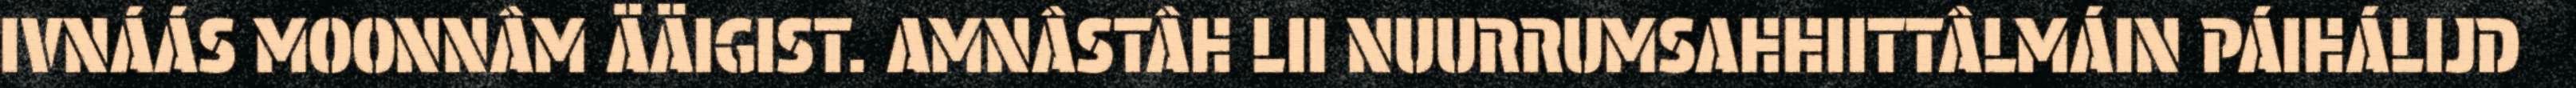
IVNÁÁS MOONNÂM ÄÄIGIST. AMNÂSTÂH LII NUURRUMSAHHIITTÂLMÁIN PÁIHÁLIJD